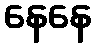
နေနေ